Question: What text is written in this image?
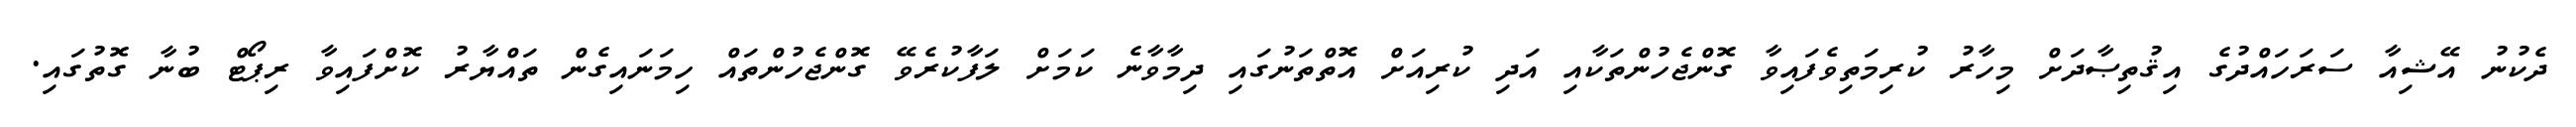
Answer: ދެކުނު އޭޝިއާ ސަރަހައްދުގެ އިޤުތިޞާދަށް މިހާރު ކުރިމަތިވެފައިވާ ގޮންޖެހުންތަކާއި އަދި ކުރިއަށް އޮތްތަނުގައި ދިމާވާނެ ކަމަށް ލަފާކުރެވޭ ގޮންޖެހުންތައް ހިމަނައިގެން ތައްޔާރު ކޮށްފައިވާ ރިޕޯޓް ބުނާ ގޮތުގައި.